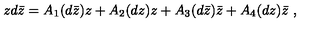
z d \bar { z } = A _ { 1 } ( d \bar { z } ) z + A _ { 2 } ( d z ) z + A _ { 3 } ( d \bar { z } ) \bar { z } + A _ { 4 } ( d z ) \bar { z } \ ,